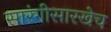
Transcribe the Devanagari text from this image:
सारंगीसारखेच